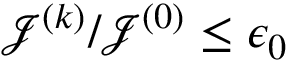
{ { \mathcal J } ^ { \left( k \right) } } / { { \mathcal J } ^ { \left( 0 \right) } } \le \epsilon _ { 0 }